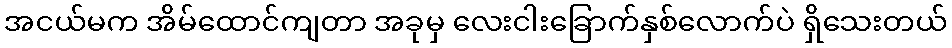
အငယ်မက အိမ်ထောင်ကျတာ အခုမှ လေးငါးခြောက်နှစ်လောက်ပဲ ရှိသေးတယ်